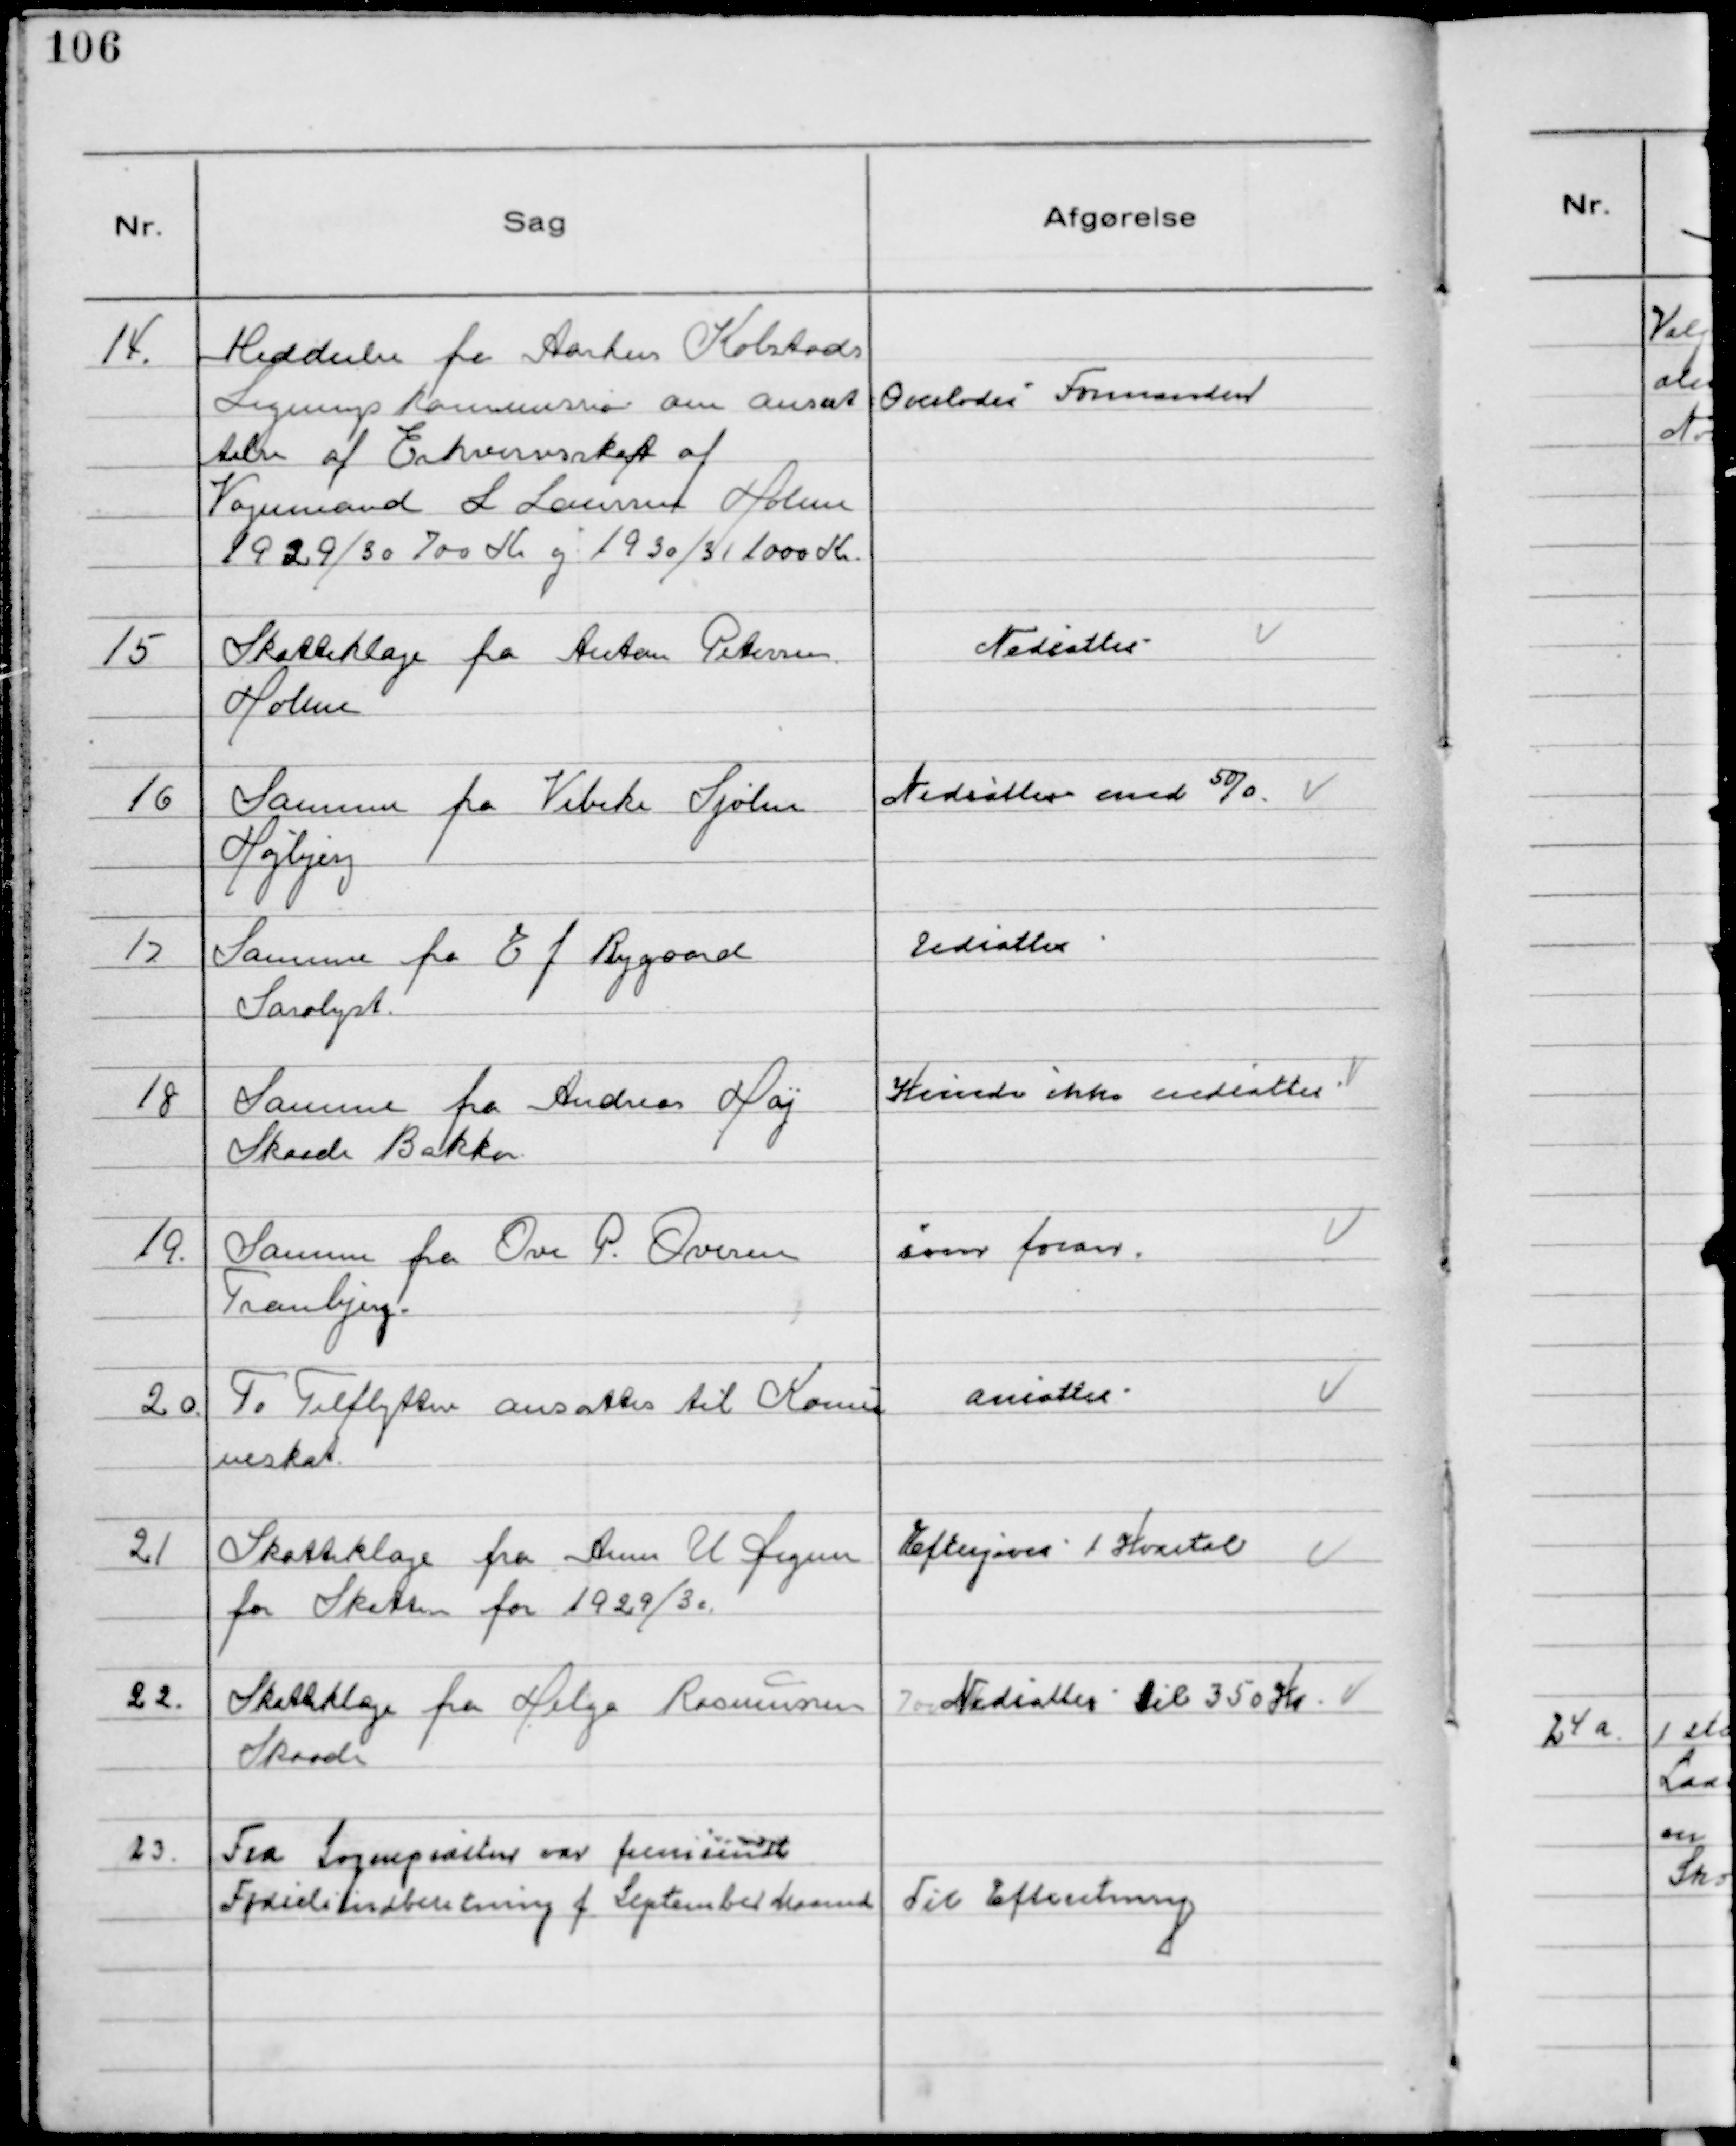
Transskription:
14.
Meddeelse fra Aarhus Købstads
Ligningskommision om ansæt
telse af Erhvervsskat af
Vognmand L. Laursen Holme
1929/30 700 Kr og 1930/31 1000 Kr.

Overlodes Formanden

15
Skatteklage fra Anton Petersen
Holme

Nedsattes

16
Samme fra Vibeke Sjølen
Højbjerg

Nedsattes med 50/0

17
Samme fra E J Rygaard
Saralyst

Udsattes

18
Samme fra Andreas Høj
Skaade Bakker

Kunde ikke nedsattes

19.
Samme fra Ove P. Ovesen
Tranbjerg.

som foran.

20.
To Tilflyttere ansattes til Kommu
neskat.

Ansattes

21
Skatteklage fra Arne U Digun
for Skatten for 1929/30.

Eftergives 1 Kvartal

22.
Skatteklage fra Helga Rasmussen
Skaade

Nedsattes til 350 Kr.

23.
Fra Sognepræsten var fremsendt
Fødselsindberetning f September Maaned

Til Efteretning